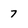
Character: 7